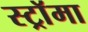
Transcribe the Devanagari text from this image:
स्ट्राॅमा